Report on the Civil Veterinary Department, Eastern Bengal and Assam - 1907-1911
Year: 1907
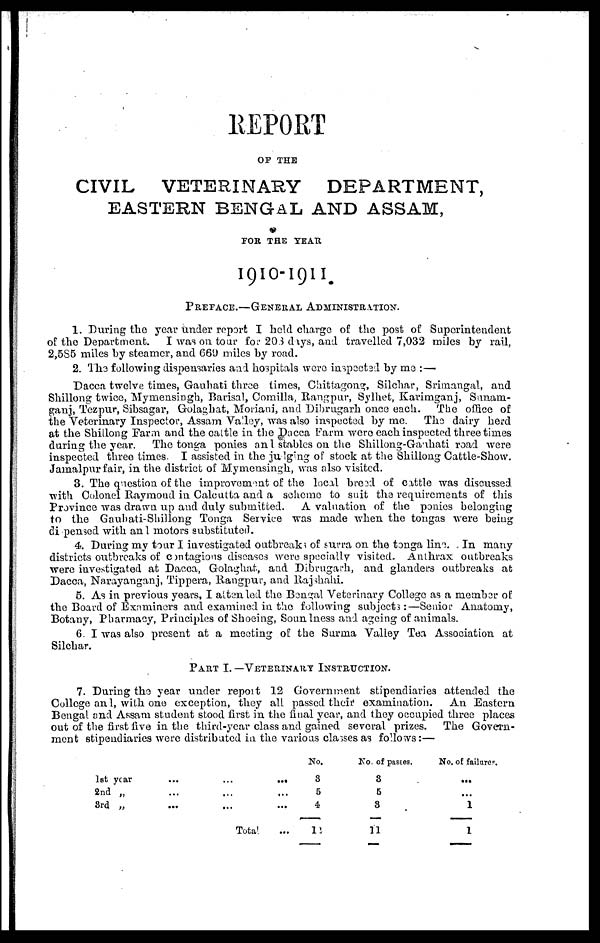
REPORT
OF THE
CIVIL VETERINARY
DEPARTMENT,
EASTERN BENGAL AND ASSAM,
FOR THE YEAR
1910-1911.
PREFACE.—GENERAL ADMINISTRATION.
1. During the year under report I held charge of the post of Superintendent
of the Department.
I was on tour for 203 days, and travelled 7,032 miles by rail,
2,5S5 miles by steamer, and 669 miles by road.
2. The following dispensaries and hospitals were inspected by me:—
Dacca twelve times, Gauhati three times, Chittagong, Silchar, Srimangal, and
Shillong twice, Mymensingh, Barisal, Comilla, Rangpur, Sylhet, Karimganj, Sunam-
ganj, Tezpur, Sibsagar, Golaghat, Moriani, and Dibrugarh once each.
The office of
the Veterinary Inspector, Assam Valley, was also inspected by me.
The dairy herd
at the Shillong Farm and the cattle in the Dacca Farm were each inspected three times
during the year.
The tonga ponies and stables on the Shillong-Gauhati road were
inspected three times. I assisted in the judging of stock at the Shillong Cattle-Show.
Jamalpur fair, in the district of Mymensingh, was also visited.
3. The question of the improvement of the local breed of cattle was discussed
with Colonel Raymond in Calcutta and a scheme to suit the requirements of this
Province was drawn up and duly submitted.
A valuation of the ponies belonging
to the Gaubati-Shillong Tonga Service was made when the tongas were being
di pensed with and motors substituted.
4. During my tour I investigated outbreaks of surra on the tonga line. In many
districts outbreaks of contagions diseases were specially visited. Anthrax outbreaks
were investigated at Dacca, Golaghat, and Dibrugarh, and glanders outbreaks at
Dacca, Narayanganj, Tippera, Rangpur, and Rajshahi.
5. As in previous years, I attended the Bengal Veterinary College as a member of
the Board of Examiners and examined in the following subjects:—Senior Anatomy,
Botany, Pharmacy, Principles of Shoeing, Soundness and ageing of animals.
6. I was also present at a meeting of the Surma Valley Tea Association at
Silchar.
PART I. —VETERINARY INSTRUCTION.
7. During the year under report 12 Government stipendiaries attended the
College and, with one exception, they all passed their examination.
An Eastern
Bengal and Assam student stood first in the final year, and they occupied three places
out of the first five in the third-year class and gained several prizes.
The Govern-
ment stipendiaries were distributed in the various classes as follows:—
1st year
2nd „
3rd „
...
...
...
...
...
...
Total
...
...
...
...
No.
3
5
4
11
No. of passes.
8
5
8
11
No. of failures.
...
...
1
1